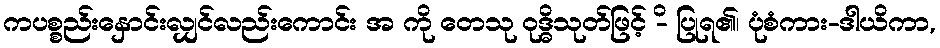
ကပစ္စည်းနှောင်းလျှင်လည်းကောင်း အ ကို တေသု ဝုဒ္ဓိသုတ်ဖြင့် -ိ ပြုရ၏၊ ပုံစံကား-ဒါယိကာ,